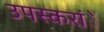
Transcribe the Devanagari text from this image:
उपस्करांें